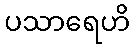
ပသာရေဟိ